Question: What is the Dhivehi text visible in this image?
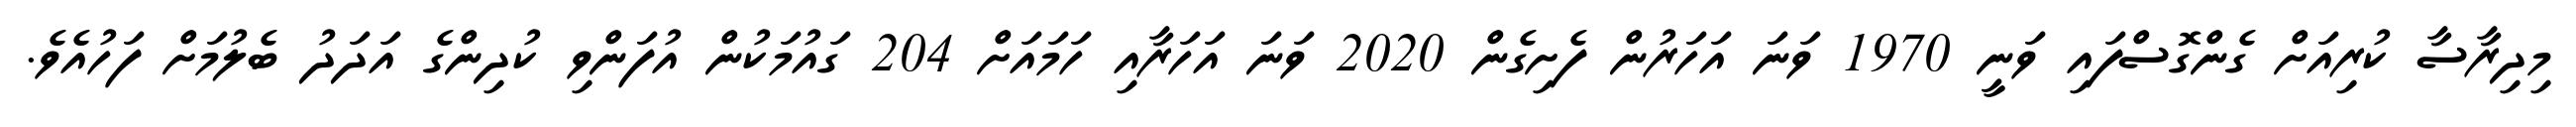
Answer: މިދިރާސާ ކުރިއަށް ގެންގޮސްފައި ވަނީ 1970 ވަނަ އަހަރުން ފެށިގެން 2020 ވަނަ އަހަރާއި ހަމައަށް 204 ގައުމަކުން އުފަންވި ކުދިންގެ އަދަދު ބެލުމަށް ފަހުއެވެ.